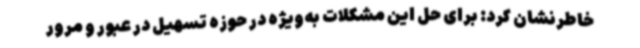
خاطرنشان کرد: برای حل این مشکلات به‌ویژه در حوزه تسهیل در عبور و مرور